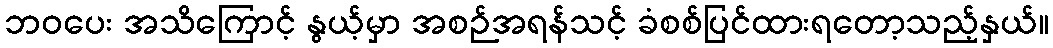
ဘဝပေး အသိကြောင့် နွယ့်မှာ အစဉ်အရန်သင့် ခံစစ်ပြင်ထားရတော့သည့်နှယ်။